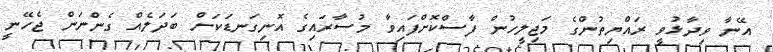
އޭނާ ވިދާޅުވީ ރައްޔިތުންގެ މަޖިލީހުން ފާސްކޮށްފައިވާ މުސާރައިގެ އޮނިގަނޑަކަށް ބަދަލެއް ގެންނަން ޖެހޭނީ